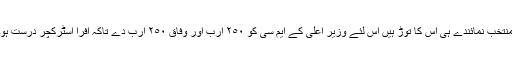
منتخب نمائندے ہی اس کا توڑ ہیں اس لئے وزیر اعلی کے ایم سی کو ٢٥٠ ارب اور وفاق ٢٥٠ ارب دے تاکہ افرا اسٹرکچر درست ہو۔